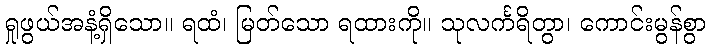
ရှုဖွယ်အနံ့ရှိသော။ ရထံ၊ မြတ်သော ရထားကို။ သုလင်္ကရိတွာ၊ ကောင်းမွန်စွာ